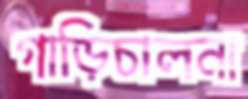
গাড়িচালনা